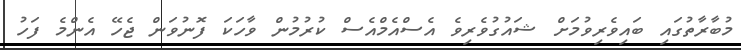
މުބާރާތުގައި ބައިވެރިވުމަށް ޝައުގުވެރިވެ އެސްއެމްއެސް ކުރުމުން ވާހަކަ ފޮނުވަން ޖެހޭ އެންމެ ފަހު